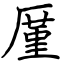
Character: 厪